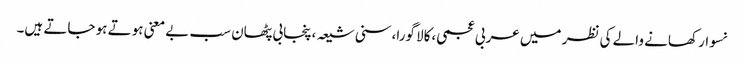
نسوار کھانے والے کی نظر میں عربی عجمی،کالا گورا،سنی شیعہ،پنجابی پٹھان سب بے معنی ہوتے ہو جاتے ہیں۔